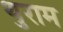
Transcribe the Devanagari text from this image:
थुराम